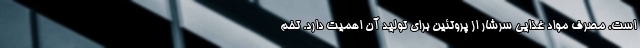
است، مصرف مواد غذایی سرشار از پروتئین برای تولید آن اهمیت دارد. تخم